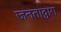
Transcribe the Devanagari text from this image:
जनताद्वारा